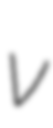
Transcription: v